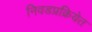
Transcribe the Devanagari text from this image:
निवडप्रक्रियेत